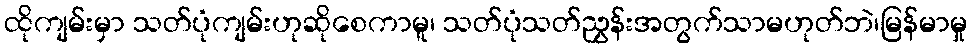
ထိုကျမ်းမှာ သတ်ပုံကျမ်းဟုဆိုစေကာမူ၊ သတ်ပုံသတ်ညွှန်းအတွက်သာမဟုတ်ဘဲ၊မြန်မာမှု